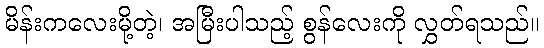
မိန်းကလေးမို့တဲ့၊ အမြီးပါသည့် စွန်လေးကို လွှတ်ရသည်။